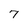
Character: 7